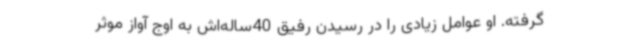
گرفته. او عوامل زیادی را در رسیدن رفیق 40‌ساله‌اش به اوج آواز موثر